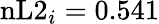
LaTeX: \mathrm{nL2}_{i}=0.541